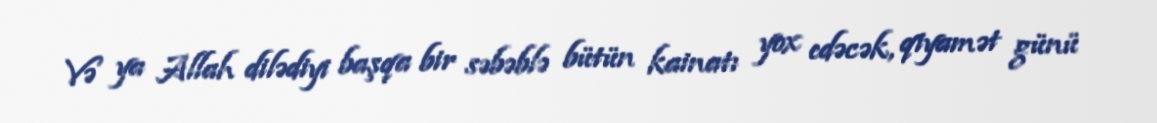
Və ya Allah dilədiyi başqa bir səbəblə bütün kainatı yox edəcək, qiyamət günü